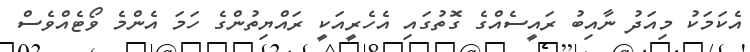
އެކަމަކު މިއަދު ނާއިބު ރައީސެއްގެ ގޮތުގައި އެހެރީއަކީ ރައްޔިތުންގެ ހަމަ އެންމެ ވޯޓެއްވެސް